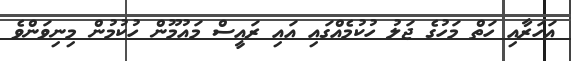
އަހަރާއި ހަތް މަހުގެ ޖަލު ހުކުމެއްގައި އައި ރައީސް މައުމޫން ހުކުމުން މިނިވަންވެ